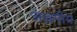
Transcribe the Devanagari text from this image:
अख़मीम